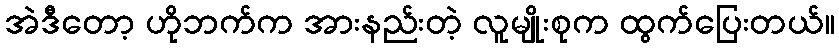
အဲဒီတော့ ဟိုဘက်က အားနည်းတဲ့ လူမျိုးစုက ထွက်ပြေးတယ်။